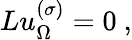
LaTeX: Lu_{\Omega}^{(\sigma)}=0\ ,